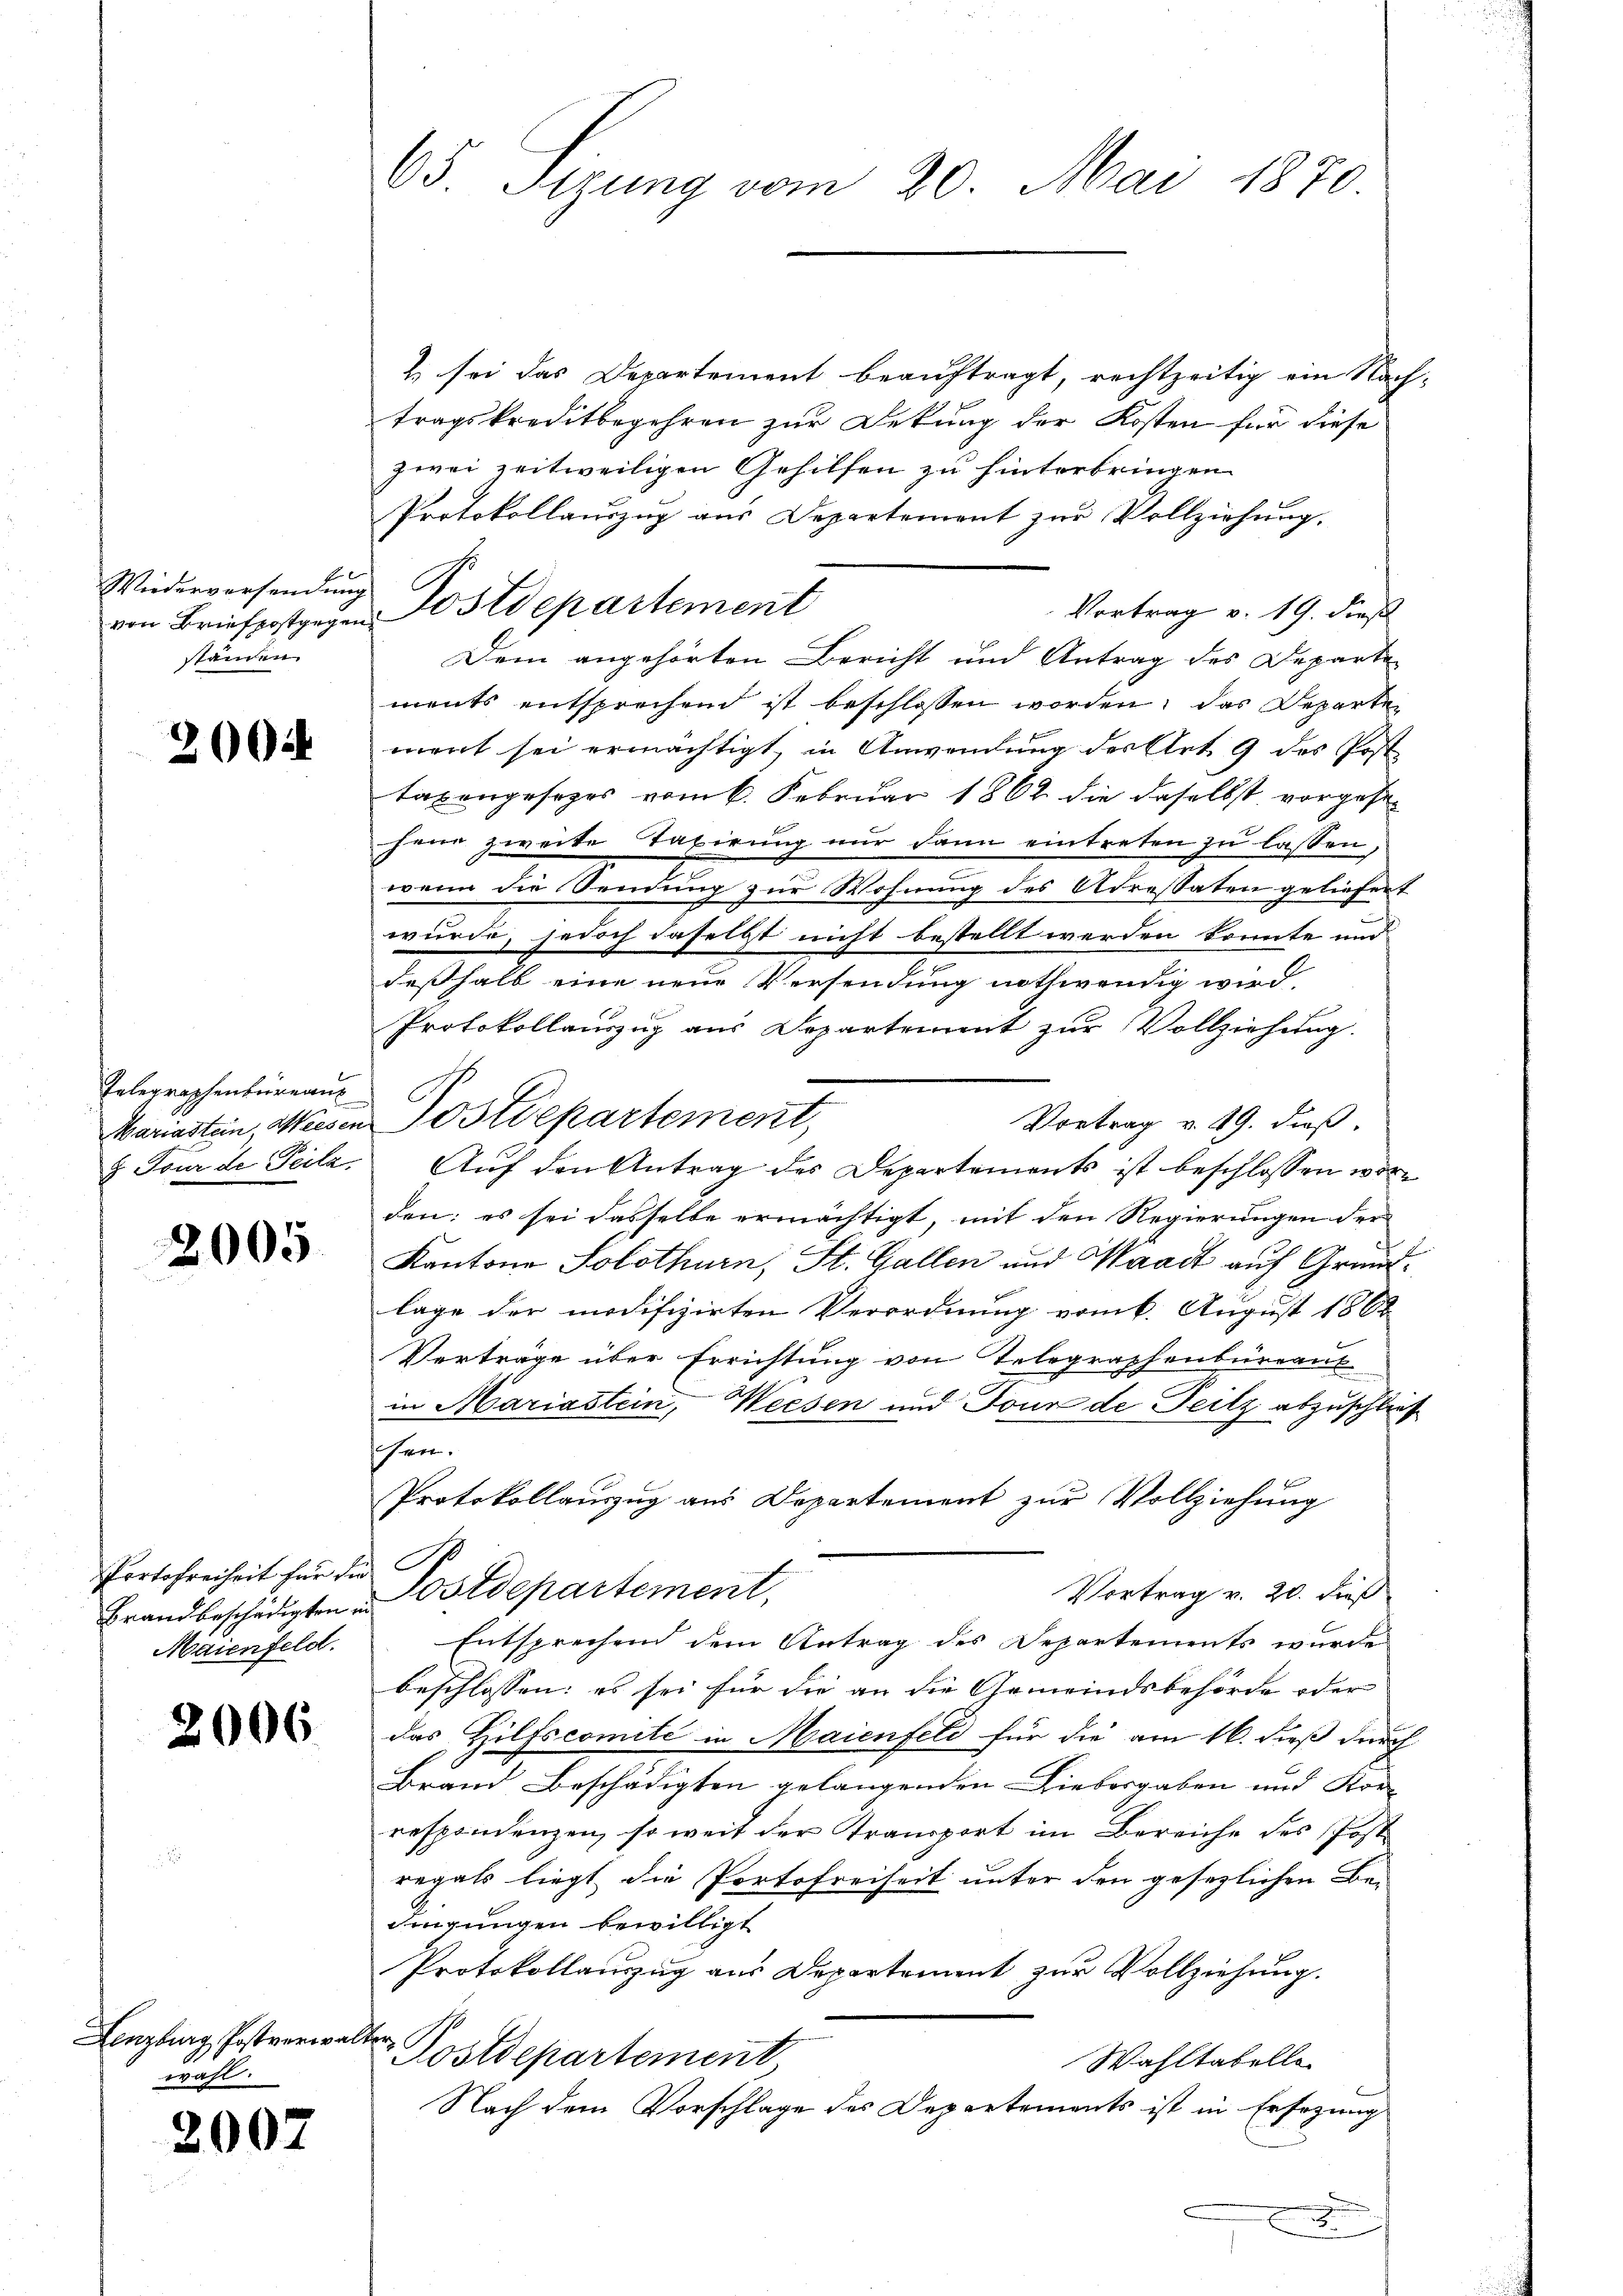
200.

2005

2006

2007

Wiederversendung
ständen.

Telegraphenbüreau

Portofreiheit für die
Maienfeld.

Lenzburg Postverwalter
wahl.

65. Sizung vom 20. Mai 1870.

2 sei das Departement beauftragt, rechtzeitig ein Nach-
tragskreditbegehren zur Dekung der Kosten für diese
zwei zeitweiligen Gehilfen zu hinterbringen.
Protokollauszug aus Departement zŭr Vollziehung.
Vortrag v. 19. dieß
Dem angehörten Bericht und Antrag des Departe
ments entsprechend ist beschlossen worden, das Departe
ment sei ermächtigt, in Anwendung der Art. 9 des Post
taxengesezes vom 6. Februar 1862 die daselbst vorgesesene zweite Taxirung nur dann eintreten zu lassen,
wenn die Sendung zur Wohnung des Adressaten geliefert
wurde, jedoch daselbst nicht bestellt werden könnte und
deßhalb eine neue Versendung nothwendig wird,
Protokollauszug aus Departement zur Vollziehung.
Vortrag v. 19. dieß
&. Tour de Teilz. Auf den Antrag des Departements ist beschlossen worden: es sei dasselbe ermächtigt, mit den Regierungen der
Kantons Solothurn, St. Gallen und Waadt auf Grundlage der modifizirten Verordnung vom 6. August 1868
Verträge über Errichtung von Telegraphenbureaus
in Mariastein, Weesen und Tour de Teilz abzuschließ
schen.
Protokollauszug aus Departement zur Vollziehung
Vortrag v. 20. dieß
Brandbeschädigten Ostdepartement,
Entsprechen dem Antrag des Departements wurde
beschlossen: es sei für die an die Gemeindsbehörde oder
das Hilfscomité in Maienfeld für die am 16. dieß durch
Brand Beschädigten gelangenden Liebergaben und Kon- |
respondenzen, so weit der Transport im Bereiche des Post
regals liegt die Portofreiheit unter den gesezlichen Be-
dingungen bewilligt
Protokollauszug aus Departement zŭr Vollziehung.
Postdepartement
Wahltabelle
Nach dem Vorschlage des Departements ist in Ersezung
x
u

von Briefpostgegen Postdepartement

Mariastein, Weisen Postdepartement,